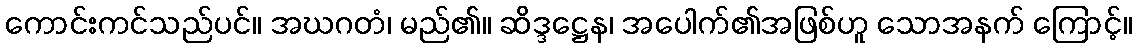
ကောင်းကင်သည်ပင်။ အဃဂတံ၊ မည်၏။ ဆိဒ္ဒဋ္ဌေန၊ အပေါက်၏အဖြစ်ဟူ သောအနက် ကြောင့်။